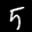
Label: 5